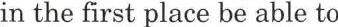
in the first place be able to